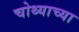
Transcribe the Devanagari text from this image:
चोथ्याच्या